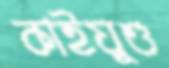
কাইয়ুশু